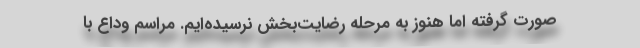
صورت گرفته اما هنوز به مرحله رضایت‌بخش نرسیده‌ایم. مراسم وداع با